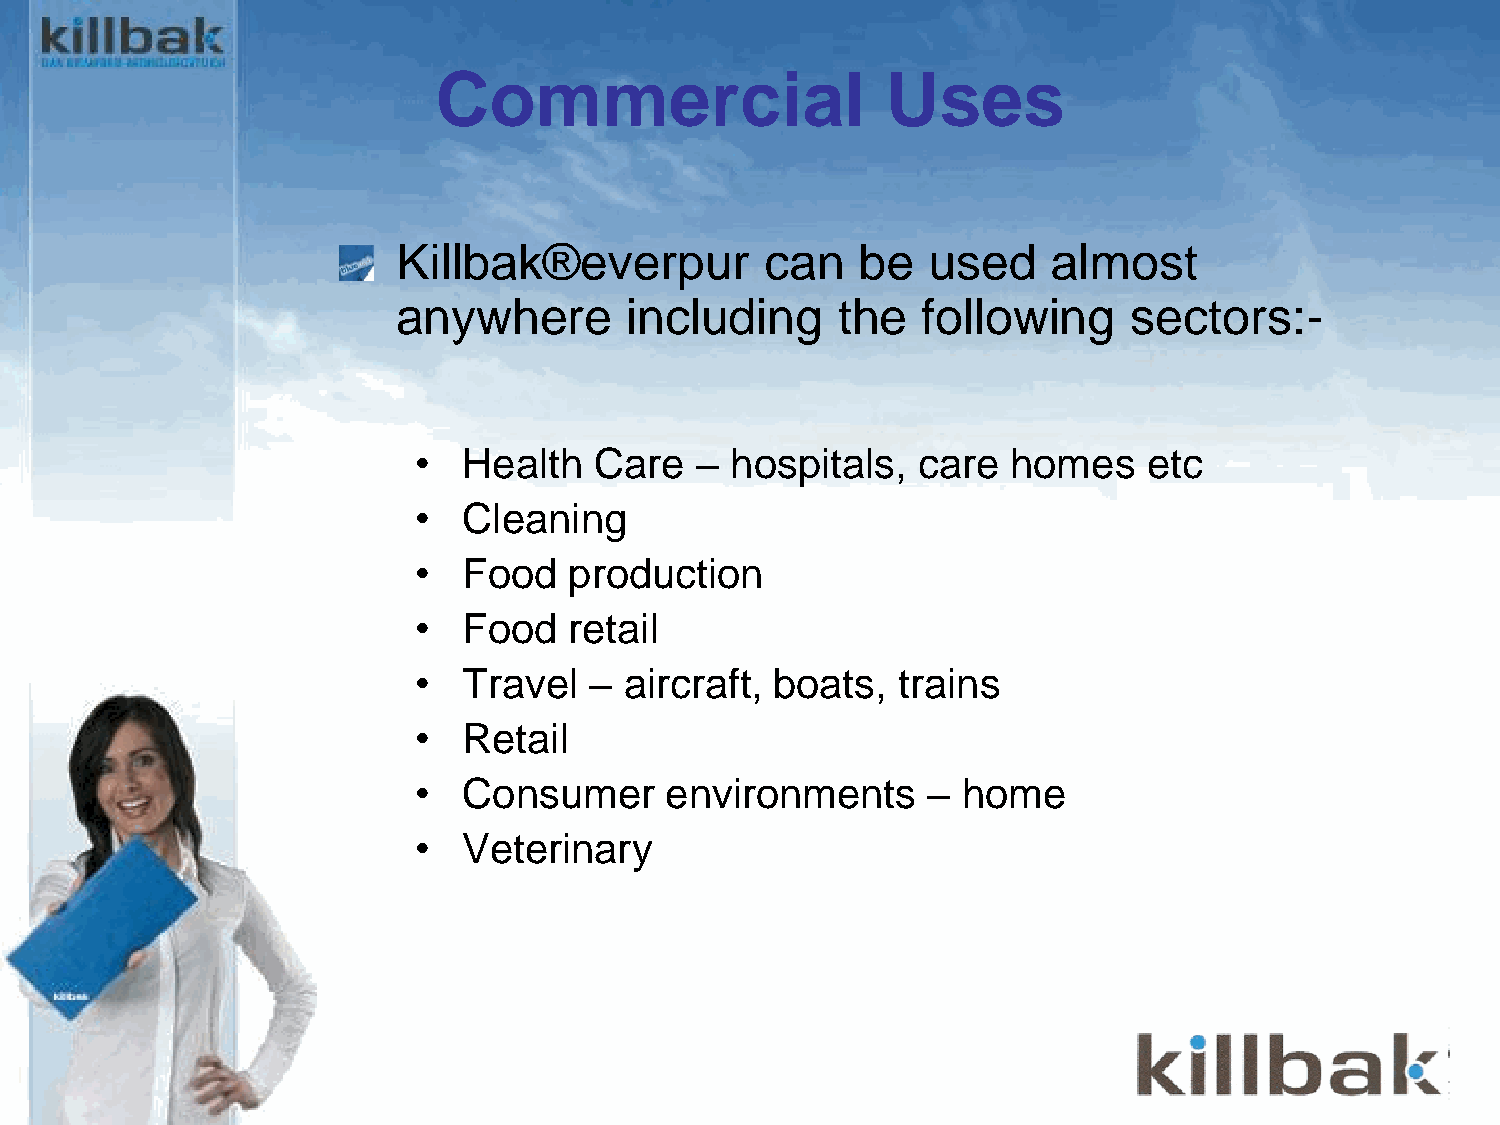
BlueWish®
 Commercial                    Uses
 Killbak®everpur          can   be  used     almost
 anywhere        including     the  following     sectors:-
 •   Health  Care   – hospitals,   care  homes    etc
 •   Cleaning
 •   Food   production
 •   Food   retail
 •   Travel  – aircraft, boats,  trains
 •   Retail
 •   Consumer     environments     –  home
 •   Veterinary